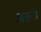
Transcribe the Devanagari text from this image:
असते।